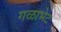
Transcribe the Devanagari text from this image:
गळाभेट